Scottish Leaving Certificate Examination, 1960
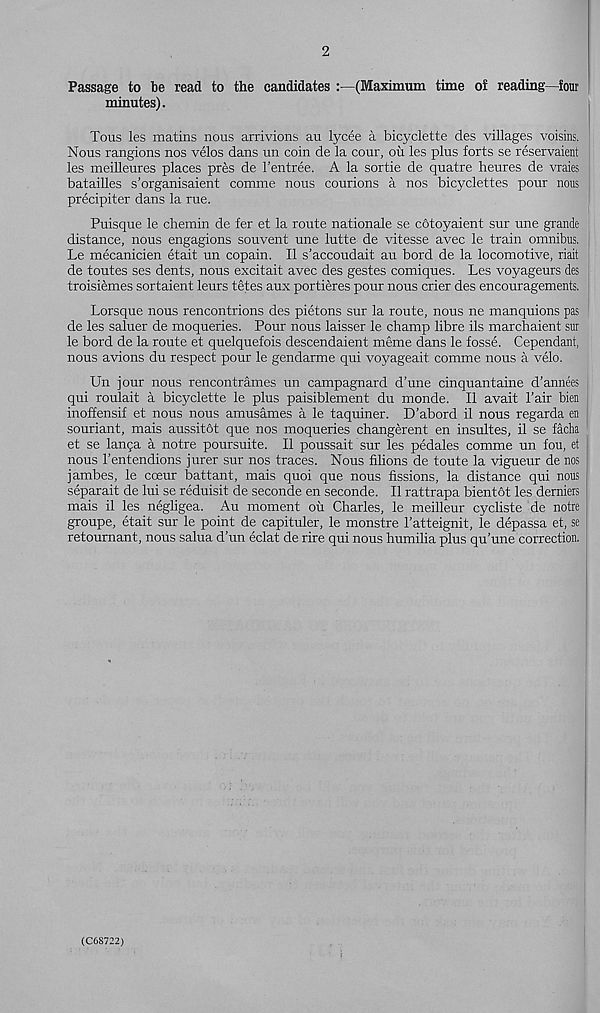
2
Passage to be read to the candidates
(Maximum time of reading—four
minutes).
Tons les matins nous arrivions au lycee a bicyclette des villages voisins.
Nous rangions nos velos dans un coin de la cour, ou les plus forts se reservaient
les meilleures places pres de 1’entree. A la sortie de quatre heures de vraies
batailles s’organisaient comme nous courions a nos bicyclettes pour nous
precipiter dans la rue.
Puisque le chemin de fer et la route nationale se cotoyaient sur une grande
distance, nous engagions souvent une lutte de vitesse avec le train omnibus.
Le mecanicien etait un copain. II s’accoudait au bord de la locomotive, riait
de toutes ses dents, nous excitait avec des gestes comiques. Les voyageurs des
troisiemes sortaient leurs tetes aux portieres pour nous crier des encouragements.
Lorsque nous rencontrions des pietons sur la route, nous ne manquions pas
de les saluer de moqueries. Pour nous laisser le champ libre ils marchaient sur
le bord de la route et quelquefois descendaient meme dans le fosse. Cependant,
nous avions du respect pour le gendarme qui voyageait. comme nous a velo.
Un jour nous rencontrames un campagnard d’une cinquantaine d’annees
qui roulait a bicyclette le plus paisiblement du monde. II avait Pair bien
inoffensif et nous nous amusames a le taquiner. D’abord il nous regarda en
souriant, mais aussitot que nos moqueries changerent en insultes, il se facha
et se lanpa a notre poursuite. Il poussait sur les pedales comme un fou, et
nous 1’entendions jurer sur nos traces. Nous filions de toute la vigueur de nos
jambes, le cceur battant, mais quoi que nous fissions, la distance qui nous
separait de lui se reduisit de seconde en seconde. Il rattrapa bientdt les derniers
mais il les negligea. Au moment oil Charles, le meilleur cycliste de notre
groupe, etait sur le point de capituler, le monstre 1’atteignit, le depassa et, se
retournant, nous salua d’un eclat de rire qui nous humilia plus qu’une correction.
(C6S722)